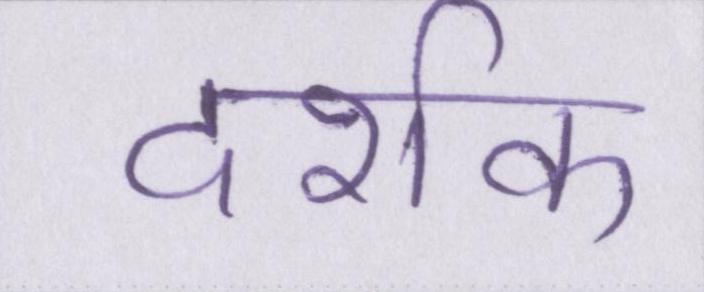
दर्शक